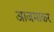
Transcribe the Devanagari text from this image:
आजमाकर